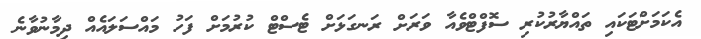
އެކަމަށްޓަކައި ތައްޔާރުކުރި ސޮފްޓްވެއާ ވަރަށް ރަނގަޅަށް ޓެސްޓް ކުރުމަށް ފަހު މައްސަލައެއް ދިމާނުވާނެ